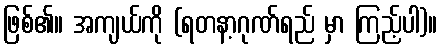
ဖြစ်၏။ အကျယ်ကို (ရတနာ့ဂုဏ်ရည် မှာ ကြည့်ပါ)။